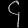
Digit: ၄